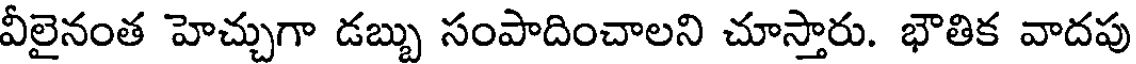
వీలైనంత హెచ్చుగా డబ్బు సంపాదించాలని చూస్తారు. భౌతిక వాదపు